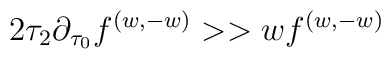
{2\tau_2 \partial_{\tau_0} f^{(w, - w)}   >> w  f^{(w, - w)}}